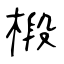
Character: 椴